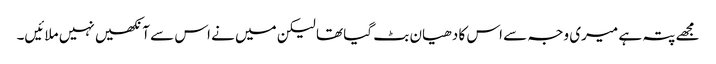
مجھے پتہ ہے میری وجہ سے اس کا دھیان بٹ گیا تھا لیکن میں نے اس سے آنکھیں نہیں ملائیں۔